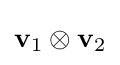
\mathbf {v} _{1}\otimes \mathbf {v} _{2}